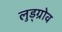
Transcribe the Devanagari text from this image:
लुड्ग्रोव